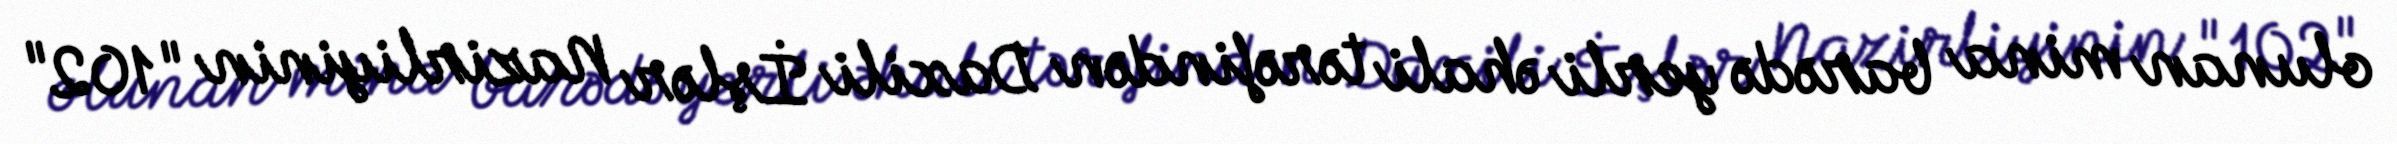
olunan mina barədə yerli əhali tərəfindən Daxili İşlər Nazirliyinin "102"